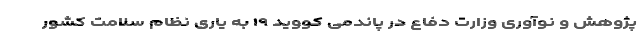
پژوهش و نوآوری وزارت دفاع در پاندمی کووید ۱۹ به یاری نظام سلامت کشور